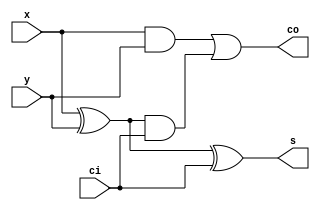
`timescale 1ns / 1ps
module bitFullAdder(s,co,x,y,ci);
input x,y,ci;
output s, co;
assign co=(x&y)|((x^y)&ci);
assign s=x^y^ci;
endmodule

module twobitFullAdder_TB();
reg [1:0]x;
reg [1:0]y;
reg ci;
wire [1:0]s;
wire co;
wire cx;
integer i;
initial begin
x[1:0]=2'b0;y[1:0]=2'b0; ci = 0;
for(i=0;i<32;i=i+1)
begin
{x,y,ci} = {x,y,ci}+1;
#10;
end
end
bitFullAdder UUT1(.ci(ci),.x(x[0]),.y(y[0]),.s(s[0]),.co(cx));
bitFullAdder UUT2(.ci(cx),.x(x[1]),.y(y[1]),.s(s[1]),.co(co));
endmodule

module twobitFA_FPGA_TB(input [15:0] sw, output [15:0] led);
twobitFullAdder dut(
                .x0(sw[0]),.y0(sw[1]),
                .x1(sw[2]),.y1(sw[3]),
                .ci(sw[4]),
                .s0(led[0]),.s1(led[1]),
                .co(led[2])
);
endmodule

module twobitFullAdder(x0,x1,y0,y1,ci,co,s0,s1);
input x0,x1,y0,y1,ci;
output co,s0,s1;
wire cx=(x0&y0)|((x0^y0)&ci);
assign s0 = (x0^y0^ci);
assign co=(x1&y1)|((x1^y1)&cx);
assign s1 = (x1^y1^cx);
endmodule